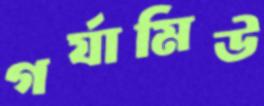
গর্যামিউ